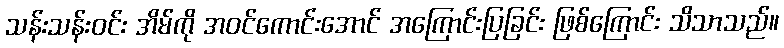
သန်းသန်းဝင်း အိမ်ကို အဝင်ကောင်းအောင် အကြောင်းပြခြင်း ဖြစ်ကြောင်း သိသာသည်။